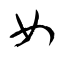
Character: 女